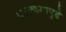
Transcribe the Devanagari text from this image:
पराक्रमापुढे